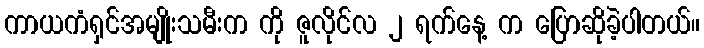
ကာယကံရှင်အမျိုးသမီးက ကို ဇူလိုင်လ ၂ ရက်နေ့ က ပြောဆိုခဲ့ပါတယ်။